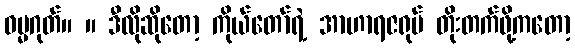
ဓမ္မဂုတ်။ ။ ဒီလိုဆိုတော့ ကိုယ်တော်ရဲ့ အာဟာရဇရုပ် တိုးတက်ဖို့ကတော့